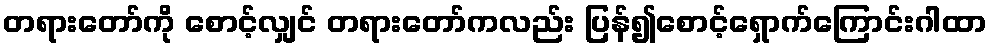
တရားတော်ကို စောင့်လျှင် တရားတော်ကလည်း ပြန်၍စောင့်ရှောက်ကြောင်းဂါထာ